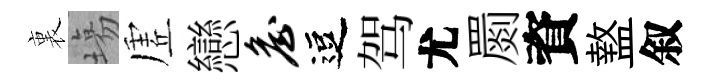
裏塲虗戀詹逗驾尤罽資盩叙